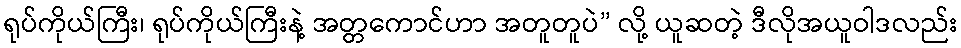
ရုပ်ကိုယ်ကြီး၊ ရုပ်ကိုယ်ကြီးနဲ့ အတ္တကောင်ဟာ အတူတူပဲ” လို့ ယူဆတဲ့ ဒီလိုအယူဝါဒလည်း